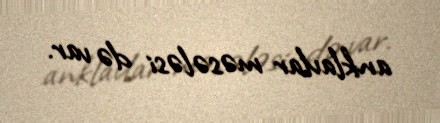
anklavlar məsələsi də var.